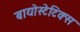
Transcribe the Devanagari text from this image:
बायोस्टेटिक्स